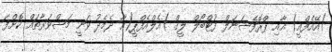
)އޭއެފްއީ( އާއި ޕްރޮފެޝަނަލް ފުޓްބޯލް ލީގް )އެލްއެފްޕީ(އާ ދެމެދު ވަނީ މަޝްވަރާތައް ކޮށްފަ